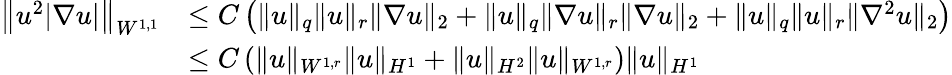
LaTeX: \begin{array}{rl}{\left\| u^{2}|\nabla u|\right\| _{W^{1,1}}}&{\leq C\left(\| u\| _{q}\| u\| _{r}\| \nabla u\| _{2}+\| u\| _{q}\| \nabla u\| _{r}\| \nabla u\| _{2}+\| u\| _{q}\| u\| _{r}\| \nabla^{2}u\| _{2}\right)}\\ &{\leq C\left(\| u\| _{W^{1,r}}\| u\| _{H^{1}}+\| u\| _{H^{2}}\| u\| _{W^{1,r}}\right)\| u\| _{H^{1}}}\end{array}